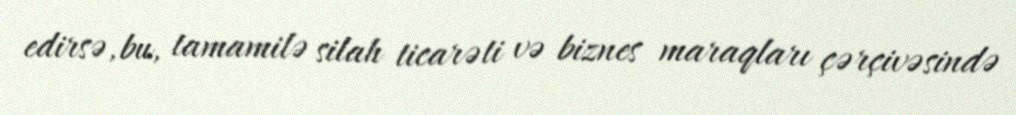
edirsə, bu, tamamilə silah ticarəti və biznes maraqları çərçivəsində